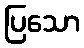
ပြသော